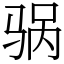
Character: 䯄